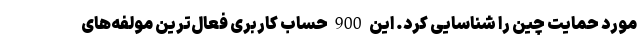
مورد حمایت چین را شناسایی کرد. این 900 حساب کاربری فعال‌ترین مولفه‌های